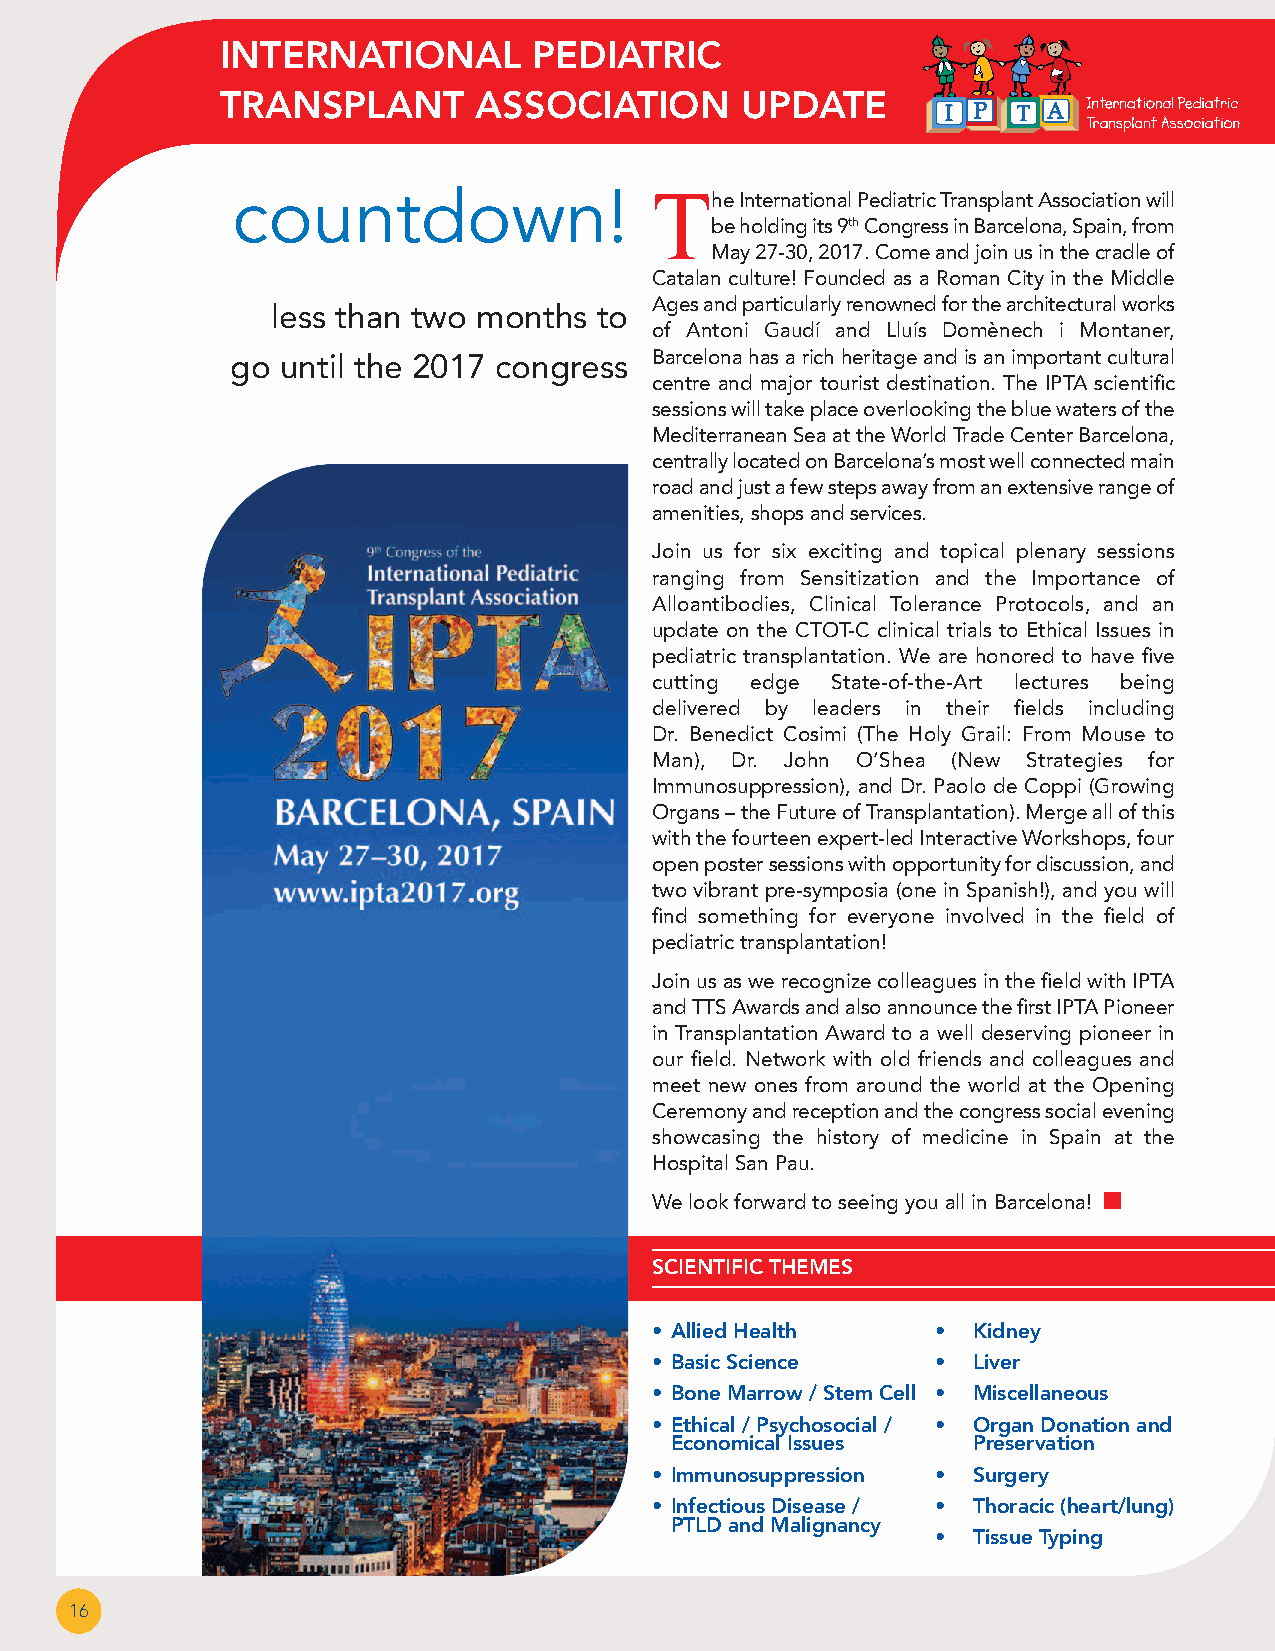
INTERNATIONAL       PEDIATRIC
 TRANSPLANT      ASSOCIATION       UPDATE
 countdown!                  T
 he International Pediatric Transplant Association will
 be holding its 9thCongress in Barcelona, Spain, from
 May 27-30, 2017. Come and join us in the cradle of
 Catalan culture! Founded as a Roman City in the Middle
 Ages and particularly renowned for the architectural works
 less than two months to
 of Antoni Gaudí and Lluís Domènech i Montaner,
 go  until the 2017 congress Barcelona has a rich heritage and is an important cultural
 centre and major tourist destination. The IPTA scientific
 sessions will take place overlooking the blue waters of the
 Mediterranean Sea at the World Trade Center Barcelona,
 centrally located on Barcelona’s most well connected main
 road and just a few steps away from an extensive range of
 amenities, shops and services.
 Join us for six exciting and topical plenary sessions
 ranging from Sensitization and the Importance of
 Alloantibodies, Clinical Tolerance Protocols, and an
 update on the CTOT-C clinical trials to Ethical Issues in
 pediatric transplantation. We are honored to have five
 cutting edge State-of-the-Art lectures being
 delivered by leaders in their fields including
 Dr. Benedict Cosimi (The Holy Grail: From Mouse to
 Man), Dr. John O’Shea (New Strategies for
 Immunosuppression), and Dr. Paolo de Coppi (Growing
 Organs – the Future of Transplantation). Merge all of this
 with the fourteen expert-led Interactive Workshops, four
 open poster sessions with opportunity for discussion, and
 two vibrant pre-symposia (one in Spanish!), and you will
 find something for everyone involved in the field of
 pediatric transplantation!
 Join us as we recognize colleagues in the field with IPTA
 and TTS Awards and also announce the first IPTA Pioneer
 in Transplantation Award to a well deserving pioneer in
 our field. Network with old friends and colleagues and
 meet new ones from around the world at the Opening
 Ceremony and reception and the congress social evening
 showcasing the history of medicine in Spain at the
 Hospital San Pau.
 We look forward to seeing you all in Barcelona! n
 SCIENTIFIC THEMES
 • Allied Health    • Kidney
 • Basic Science    • Liver
 • Bone Marrow / Stem Cell • Miscellaneous
 • Ethical / Psychosocial / • Organ Donation and
 Economical Issues   Preservation
 • Immunosuppression • Surgery
 • Infectious Disease / • Thoracic (heart/lung)
 PTLD and Malignancy
 • Tissue Typing
 16